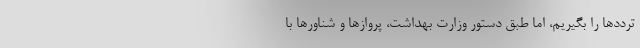
ترددها را بگیریم، اما طبق دستور وزارت بهداشت، پروازها و شناورها با